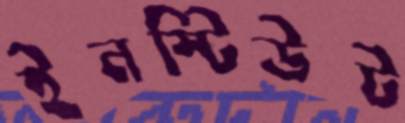
ইনস্টিউট